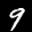
Label: 9